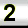
Digit: 2